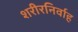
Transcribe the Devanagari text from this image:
शरीरनिर्वाह